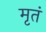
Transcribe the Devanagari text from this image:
मृतं